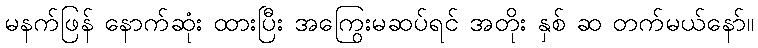
မနက်ဖြန် နောက်ဆုံး ထားပြီး အကြွေးမဆပ်ရင် အတိုး နှစ် ဆ တက်မယ်နော်။